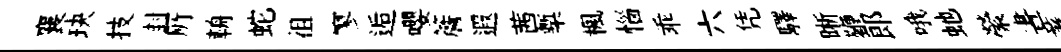
襄玦技封𠩄輈蛇徂寥逅嚶簷遐茜槧楓惱乖六凭驛晰鞭郞哦虵縈晝著